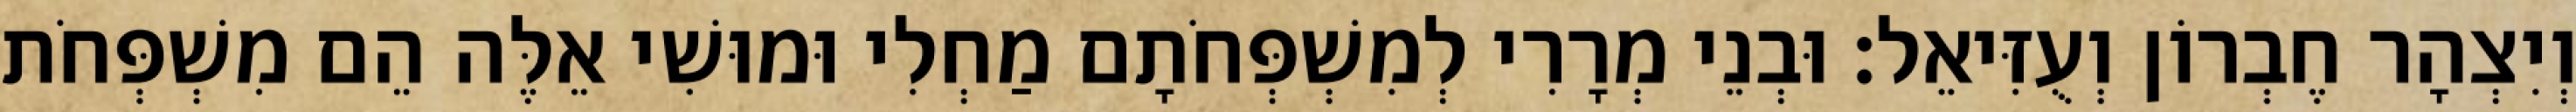
וְיִצְהָר חֶבְרוֹן וְעֻזִּיאֵל׃ וּבְנֵי מְרָרִי לְמִשְׁפְּחֹתָם מַחְלִי וּמוּשִׁי אֵלֶּה הֵם מִשְׁפְּחֹת